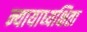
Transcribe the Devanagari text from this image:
न्यायाध्यक्षिता